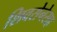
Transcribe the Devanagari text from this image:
शिवसेनेसह